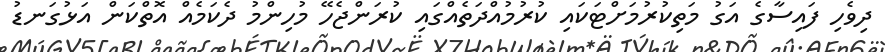
ދިވެހި ފައިސާގެ އަގު މަތިކުރުމަށްޓަކައި ކުރުމުއްދަތެއްގައި ކުރަންޖެހޭ މުހިންމު ދެކަމެއް އޮތްކަން އަޅުގަނޑު